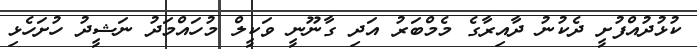
ކުޅުދުއްފުށީ ދެކުނު ދާއިރާގެ މެމްބަރު އަދި ގާނޫނީ ވަކީލް މުހައްމަދު ނަޝީދު ހުށަހެޅި